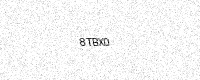
Text: 8TBX0